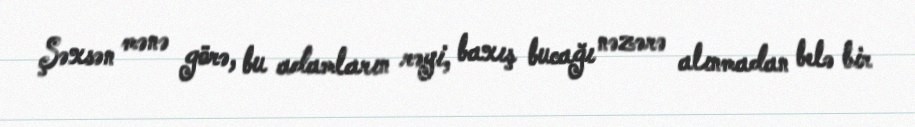
Şəxsən mənə görə, bu adamların rəyi, baxış bucağı nəzərə alınmadan belə bir